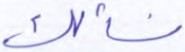
نسألك